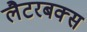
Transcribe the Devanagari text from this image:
लैटरबक्स